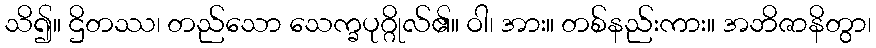
သိ၍။ ဌိတဿ၊ တည်သော သေက္ခပုဂ္ဂိုလ်၏။ ဝါ၊ အား။ တစ်နည်းကား။ အဘိဇာနိတွာ၊